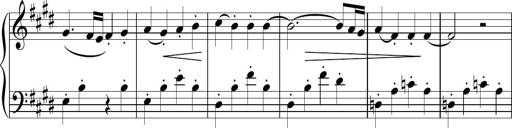
Title: Sonatina n.3
Composer: Tatiana Stankovych
Key: E major